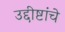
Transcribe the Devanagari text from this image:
उद्दीष्टांचे